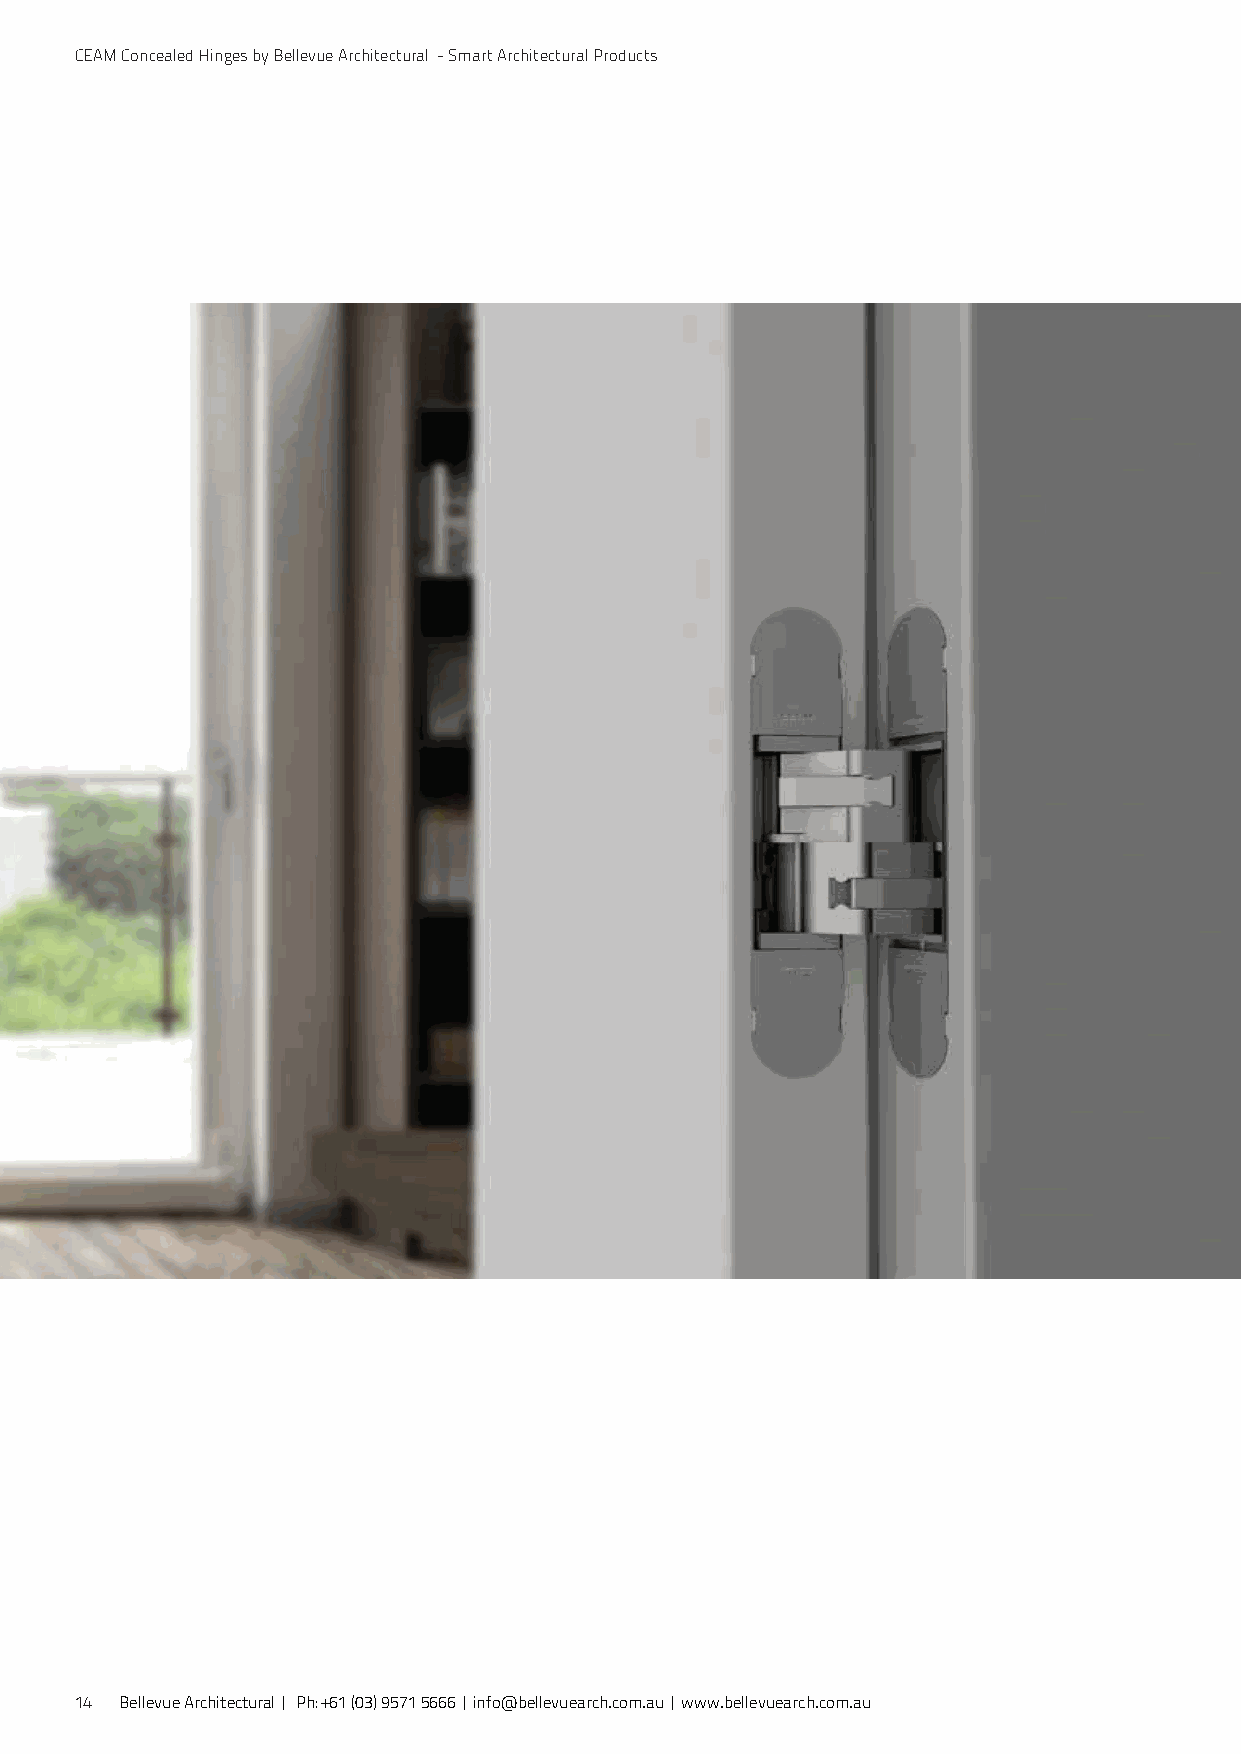
CEAM Concealed Hinges by Bellevue Architectural - Smart Architectural Products
 14 Bellevue Architectural | Ph: +61 (03) 9571 5666 | info@bellevuearch.com.au | www.bellevuearch.com.au